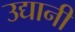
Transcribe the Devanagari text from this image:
उद्यानी